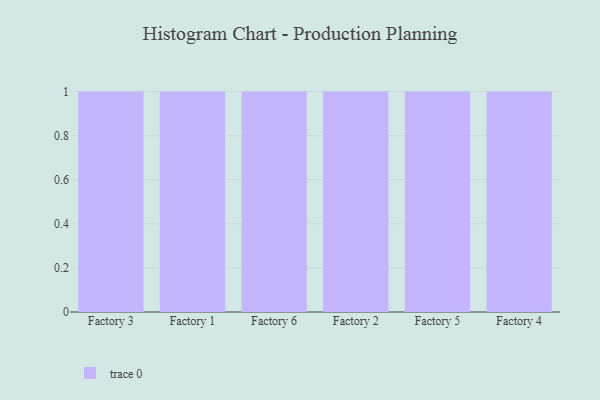
{"axis": {"x": "Factory", "y": "Operating Costs (USD K)"}, "legend": [""], "data": [{"x": "Factory 3", "y": 66, "type": ""}, {"x": "Factory 1", "y": 10, "type": ""}, {"x": "Factory 6", "y": 15, "type": ""}, {"x": "Factory 2", "y": 61, "type": ""}, {"x": "Factory 5", "y": 26, "type": ""}, {"x": "Factory 4", "y": 26, "type": ""}]}